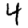
Digit: 4